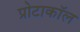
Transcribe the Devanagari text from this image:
प्रोटाकॉल